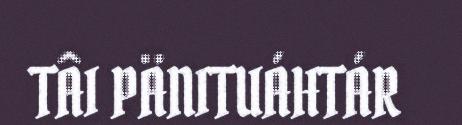
TÂI PÄNITUÁHTÁR